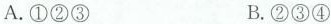
A.①②③ B.②③④